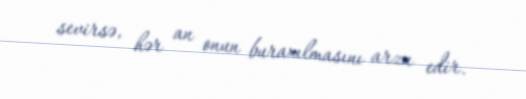
sevirsə, hər an onun buraxılmasını arzu edir.